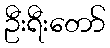
ဦးရီးတော်